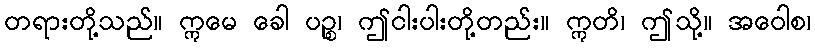
တရားတို့သည်။ ဣမေ ခေါ ပဉ္စ၊ ဤငါးပါးတို့တည်း။ ဣတိ၊ ဤသို့။ အဝေါစ၊